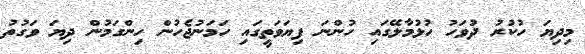
މިދިޔަ ހުކުރު ދުވަހު ހުޅުމާލޭގައި ހުންނަ ފިޔަވަތީގައި ހަމަނުޖެހުން ހިންގަމުން ދިޔަ ވަގުތު